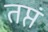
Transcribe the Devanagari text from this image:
तप्तं